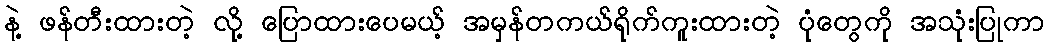
နဲ့ ဖန်တီးထားတဲ့ လို့ ပြောထားပေမယ့် အမှန်တကယ်ရိုက်ကူးထားတဲ့ ပုံတွေကို အသုံးပြုကာ